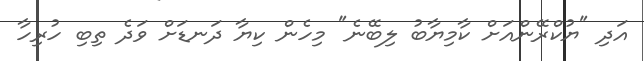
އަދި "ޔުކްރޭންއަށް ކާމިޔާބު ލިބޭނެ" މިހެން ކިޔާ ދަނޑަށް ވަދެ ތިބި ހުރިހާ